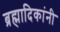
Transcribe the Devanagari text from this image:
ब्रह्मादिकांनी